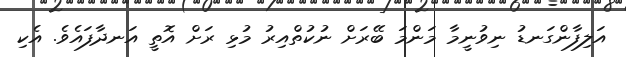
އަލިފާންގަނޑު ނިވުނީމާ މަންމަ ބޭރަށް ނުކުތްއިރު މުޅި ރަށް އޮތީ އަނދާފައެވެ. އެކި